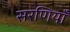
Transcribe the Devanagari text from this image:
सरणियाँ